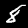
Digit: 8